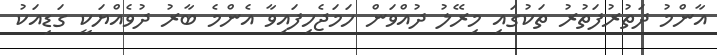
އާންމު ދަތުރުފަތުރު ތަކުގައި މިރޭލު ދުއްވަން ހަމަޖެހިފައިވާ އެންމެ ބާރު ދުވެއްޔަކީ ގަޑިއަކު